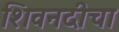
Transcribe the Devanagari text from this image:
शिवनदीचा